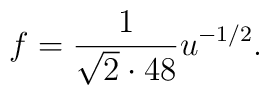
f={1\over \sqrt 2 \cdot 48} u^{-1/2}.